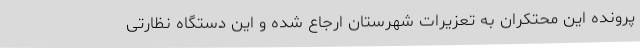
پرونده این محتکران به تعزیرات شهرستان ارجاع شده و این دستگاه نظارتی